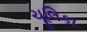
ચૂલિકા